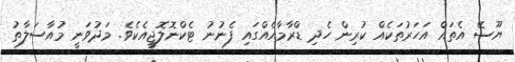
ޔޫސޭ އެތައް އަހަރުތަކެއް ކުރިން ހެދި ޑްރާމާއެއްގައި ފެނުނު ޓެކްނޮލޮޖީއެކެވެ. މަދުވަނީ މުއާސަލާތު